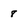
Character: 8